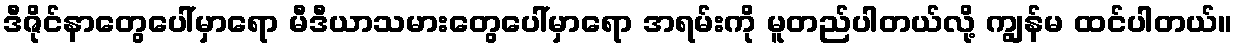
ဒီဇိုင်နာတွေပေါ်မှာရော မီဒီယာသမားတွေပေါ်မှာရော အရမ်းကို မူတည်ပါတယ်လို့ ကျွန်မ ထင်ပါတယ်။